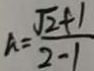
A = \frac { \sqrt { 2 } + 1 } { 2 - 1 }